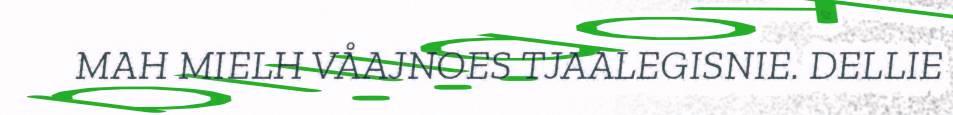
MAH MIELH VÅAJNOES TJAALEGISNIE. DELLIE